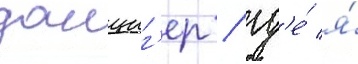
данциг'ер / гд'е́ я́